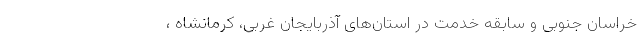
خراسان جنوبی و سابقه خدمت در استان‌های آذربایجان غربی، کرمانشاه ،